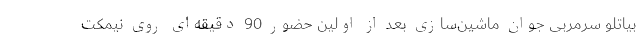
بیاتلو سرمربی جوان ماشین‌سازی بعد از اولین حضور 90 دقیقه‌ای روی نیمکت